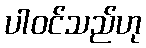
ပါဝင်သည်ဟု